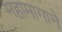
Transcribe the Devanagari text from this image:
महामागाने